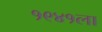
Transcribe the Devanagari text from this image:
१९४१ला